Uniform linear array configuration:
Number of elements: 64
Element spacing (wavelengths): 1
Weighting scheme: hamming
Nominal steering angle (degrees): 15
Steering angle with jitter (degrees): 16.312
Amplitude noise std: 0.05
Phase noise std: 0.05

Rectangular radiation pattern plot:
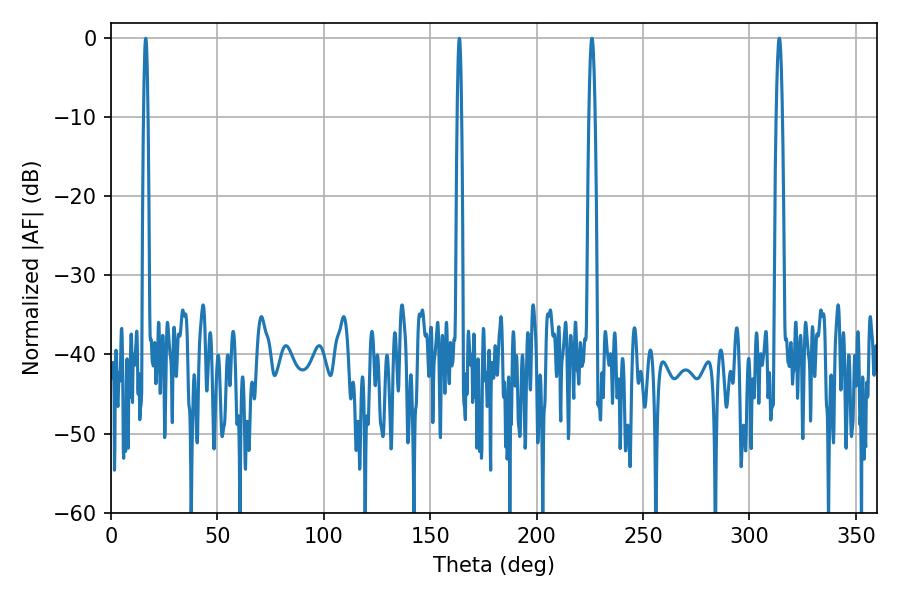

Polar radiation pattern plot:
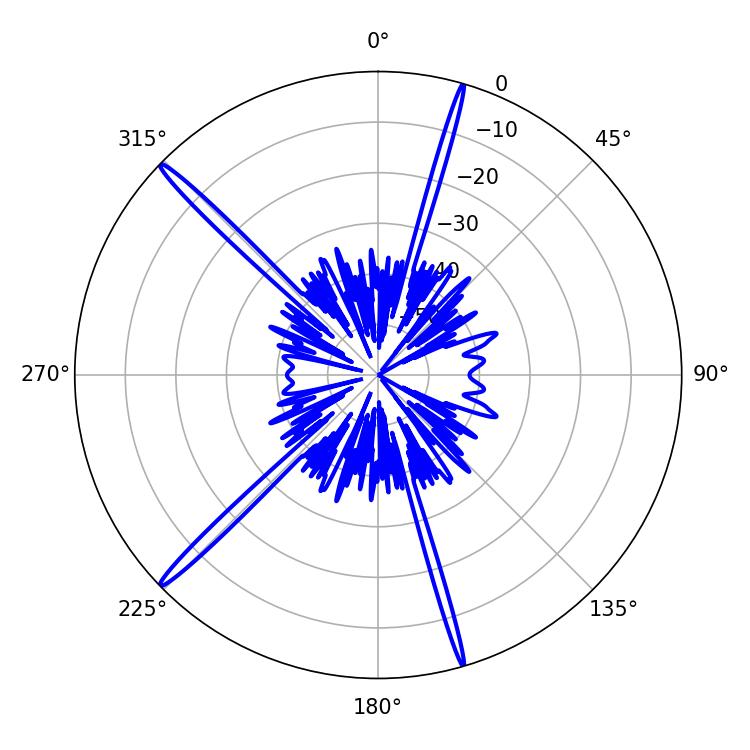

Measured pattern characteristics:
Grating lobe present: TRUE
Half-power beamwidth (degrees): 1.62
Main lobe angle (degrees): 225.9